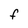
Character: F